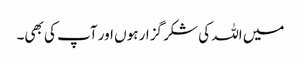
میں اللہ کی شکر گزار ہوں اور آپ کی بھی۔